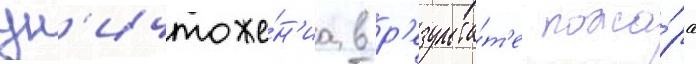
ун'ичтоже́н'иа в р'езульта́т'е пожа́ра